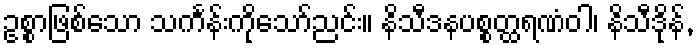
ဥစ္စာဖြစ်သော သင်္ကန်းကိုသော်ညင်း။ နိသီဒနပစ္စတ္ထရဏံဝါ၊ နိသီဒိုန်,